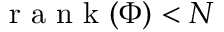
\mathrm { ~ r ~ a ~ n ~ k ~ } ( \Phi ) < N